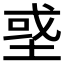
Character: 𡌳